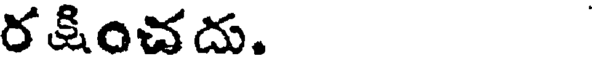
రకించదు.